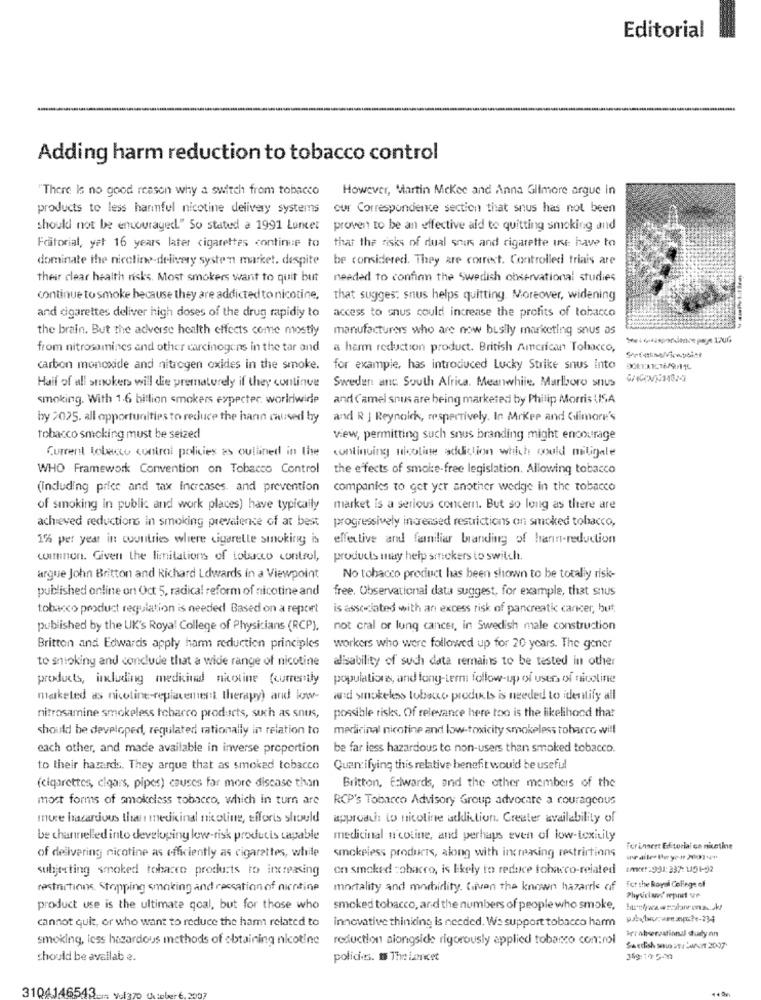
Editorial
Adding harm reduction to tobacco control
"There Is no good reason why a switch from tobacco
However, Martin Mckee and Anna Gilmore argue in
products to less harmful nicotine delivery systems
our Correspondence section that snus has not been
should not be encouraged." So stated a 1991 Lancet
proven to be an effective aid to quitting smoking and
Fatorial, yet 16 years later cigarettes continue to
that the risks of dual sous and cigarette Ine have to
dominate the nicoline-delivery system market. despite
be considered. They are correct. Controlled trials are
their clear health risks. Most smokers want to quit but
needed to confinn the Swedish observational studies
continue to smoke because they are addicted to nicotine.
that sugges: snus helps quitting. Moreover, widening
and cigarettes deliver high doses of the drug rapidly to
access to snus could increase the profits of tobacco
the brain. But the adverse health effects come mostly
manufacturers who are now buslly marketing snus as
from nitrosamines and other carcinogens in the tar and
a harm reduction product. British American Tobacco,
carbon monoxide and nitrogen oxides in the smoke.
for example, has introduced Lucky Strike snus into
Half of all smokers will die prematurely if they continue
Sweden anc South Africa. Meanwhile, Marlboro snus
smoking. With 1.6 billion smokers expecter worldwide
and Camel snus are being marketed by Philip Morris USA
by 2025. all opportunities to reduce the hanın caused by
and R J Reynolck, respectively. In Mrker and Gilmore's
tobacco smoking must be seized
view, permitting such snus branding might encourage
Current tobacco control policies as outlined in the
continuing nicotine addiction which could miligale
WHO Framework Convention on Tobacco Control
the effects of smoi:e-free legislation. Allowing tobacco
(including price and tax Increases, and prevention
companies to get yer another wedge in the tobacco
of smoking in public and work places) have typically
market is a serious concern. But so long as there are
achieved reductions in smoking prevalence of at best progressively increased restrictions on smoked tobacco,
1% per year in countries where cigarette smoking is effective and familiar branding of harin-reduction
cuinon. Given the limitations of tobacco control,
products may help smokers to switch.
argue John Britton and Richard Ldwards in a Viewpoint
No tobacco product has been shown to be totally risk-
published online on Oct 5, radical reform of nicotine and
free. Observational data suggest, for example, that snus
tobacco product regulation is needed Based on a report
is associated with an excess risk of pancreatic cancer, but
published by the UK's Royal College of Physicians (RCP).
not cral or lung cancer, in Swedish male construction
Britton and Edwards apply harm reduction principles
workers who were followed up for 20 years. The gener
to shioking and conclude that a wide range of nicotine
alisability of such data remains to be tested in other
products, including medicinal nicotine (currently populations, and long-term follow-up of usen. of nicoline
marketed as nicotine-replacement therapy) and knor-
and snokeles tobare products is needed to identify all
nitrosamine smokeless tobacco products, such as snus,
possible risks. Of relevance here too is the likelihood that
should be developed, regulated rationally in relation to
medicinal nicotine and low-toxicity smokeless tobarco will
each other, and made available in inverse proportion
be far less hazardous to non-users than smoked tobacco.
to their hazards. They arque that as smoked tobacco
Quan:ifying this relative benefit would be useful
(cigarettes, clears, pipes) causes for more disease than
Britton, Edwards, and the other members of the
most forms of smokeless tobacco, which in turn are RCP's Tobarco Advisory Group advocate a courageous
mure hazardous than medicinal nicotine, efforts should
approach: to nicotine addiction. Creater availability of
be channelled into developing low-risk products capable
medicinal n'coline, and perhaps even of low-toxicity
forinnest Editoriai co nicethe
of delivering nicotine as efficiently as cigarettes, while
smokeless products, along with increasing restrictions
subjecting smoked tobacco products to increasing
on smoked :ohacro, is likely to reduce tobacco-related
LARe : 931:337:1191-92
Fer the Royal College of
restrictions. Strapping smoking and cessation of nicotine
mortality and morbidlity. Given the known hazarrks of
product use is the ultimate goal, but for those who
smoked tobacco, and the numbers of people who smoke,
cannot quit, or who want to reduce the harm related to
Innovative thinking is needed. We support tobacco harm
Irr observational study on
smoking, less hazardous methods of obtaining nicotine
reduction alongside rigorously applied tobacco control
Swedish sto ut ANT 2007
should be availabe.
policies. t The Lancet
36g: 19 5-
3104146543